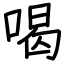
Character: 喝